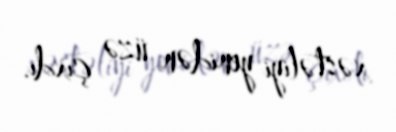
xəstəliyi yenidən üzə çıxdı.